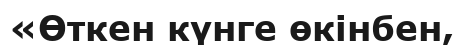
«Өткен күнге өкінбен,